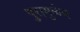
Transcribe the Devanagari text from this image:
पुरामुळेच